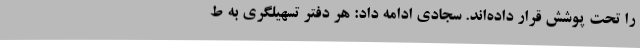
را تحت پوشش قرار داده‌اند. سجادی ادامه داد: هر دفتر تسهیلگری به ط